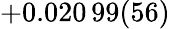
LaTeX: +0.020\, 99(56)